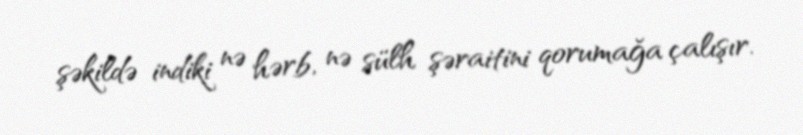
şəkildə indiki nə hərb, nə sülh şəraitini qorumağa çalışır.